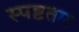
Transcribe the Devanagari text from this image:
स्पष्टतम